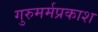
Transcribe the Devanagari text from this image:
गुरुमर्मप्रकाश